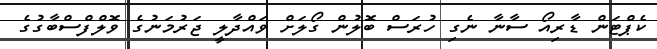
ކެޕްޓަން ޑާރިއޯ ސާނާ ނެގި ހުރަސް ބޮލުން ގޯލަށް ވައްދާލީ ޖަރުމަނުގެ ވޮލްފްސްބާގުގެ